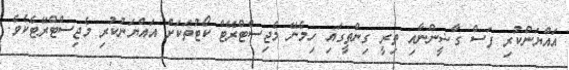
އައްޔަންކުރި ފަސް ގާޟީންނާއި ތިރީ ގިންތީގައި ހިމެނޭ މެޖިސްޓްރޭޓް ކޯޓުތަކަށް އައްޔަނުކުރި މެޖިސްޓްރޭޓެކެވެ.